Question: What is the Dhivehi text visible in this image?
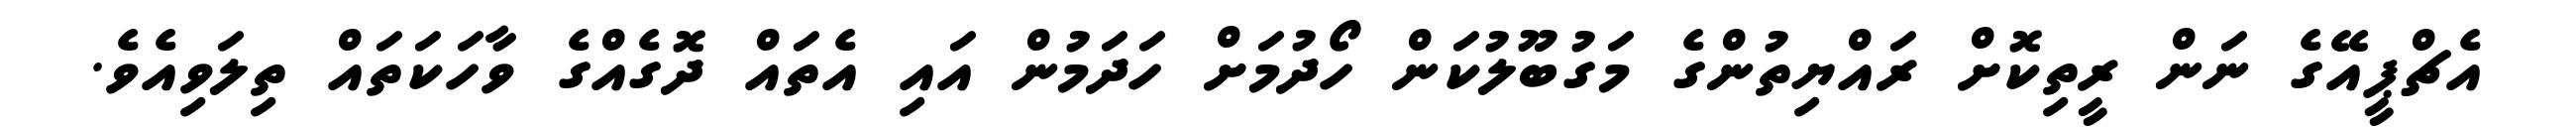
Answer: އެޗްޕީއޭގެ ނަން ރީތިކޮށް ރައްޔިތުންގެ މަގުބޫލުކަން ހޯދުމަށް ހަދަމުން އައި އެތައް ދޮގެއްގެ ވާހަކަތައް ތިލަވިއެވެ.